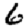
Digit: 6